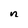
Character: n